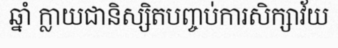
ឆ្នាំ ក្លាយជានិស្សិតបញ្ចប់ការសិក្សាវ័យ